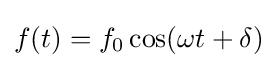
f(t)=f_{0}\cos(\omega t+\delta )